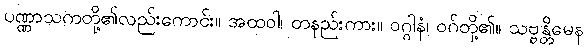
ပဏ္ဏာသကတို့၏လည်းကောင်း။ အထဝါ၊ တနည်းကား။ ဝဂ္ဂါနံ၊ ဝဂ်တို့၏။ သဗ္ဗန္တိမေန